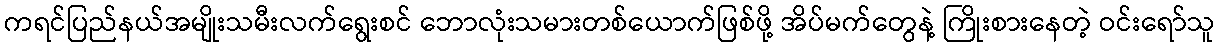
ကရင်ပြည်နယ်အမျိုးသမီးလက်ရွေးစင် ဘောလုံးသမားတစ်ယောက်ဖြစ်ဖို့ အိပ်မက်တွေနဲ့ ကြိုးစားနေတဲ့ ဝင်းရော်သူ